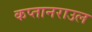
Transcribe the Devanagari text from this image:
कप्तानराउल